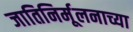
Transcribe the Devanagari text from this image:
जातिनिर्मूलनाच्या